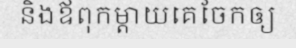
និងឪពុកម្តាយគេចែកឲ្យ